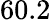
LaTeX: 60.2